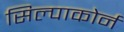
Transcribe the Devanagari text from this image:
सिल्पाकोर्न